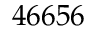
4 6 6 5 6